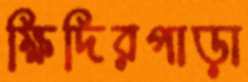
ক্ষিদিরপাড়া